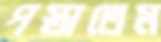
পস্তাতেম